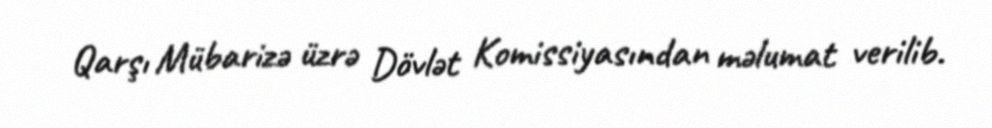
Qarşı Mübarizə üzrə Dövlət Komissiyasından məlumat verilib.